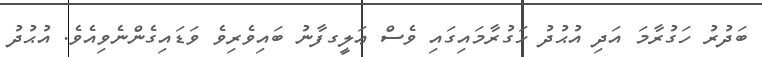
ބަދުރު ހަގުރާމަ އަދި އުޙުދު ހަގުރާމައިގައި ވެސް ޢަލީގފާނު ބައިވެރިވެ ވަޑައިގެންނެވިއެވެ. އުޙުދު